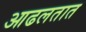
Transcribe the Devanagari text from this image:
आढलतात